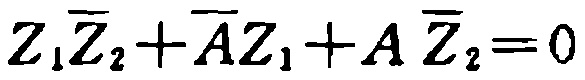
\(Z_{1}\overline{Z}_{2}+\overline{A}Z_{1}+A\overline{Z}_{2}=0\)